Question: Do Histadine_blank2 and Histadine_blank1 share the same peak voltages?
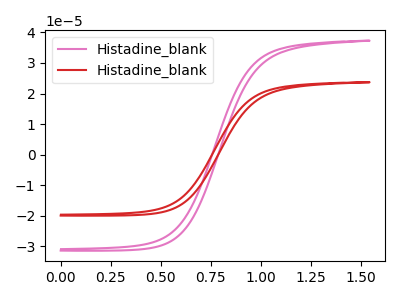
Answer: <think>The pink curve "Histadine_blank1" has no peaks. The red curve "Histadine_blank2" has no peaks.</think>
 <answer>Niether CV has any peaks.</answer>
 <eval>blanks</eval>